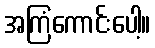
အကြံကောင်းပေါ့။